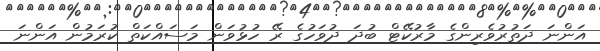
އަންނަ ދަތުރުވެރިންގެ މާރުކޭޓް ބުދަ ދުވަހުގެ ރޭ ހުޅުވަން މަސައްކަތް ކުރަމުން އަންނަ